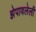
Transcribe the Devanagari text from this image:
झेपावलेली